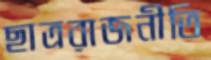
ছাত্ররাজনীতি